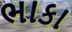
ભાકા